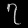
Digit: ၇